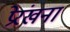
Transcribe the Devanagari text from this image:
प्रेरंखना